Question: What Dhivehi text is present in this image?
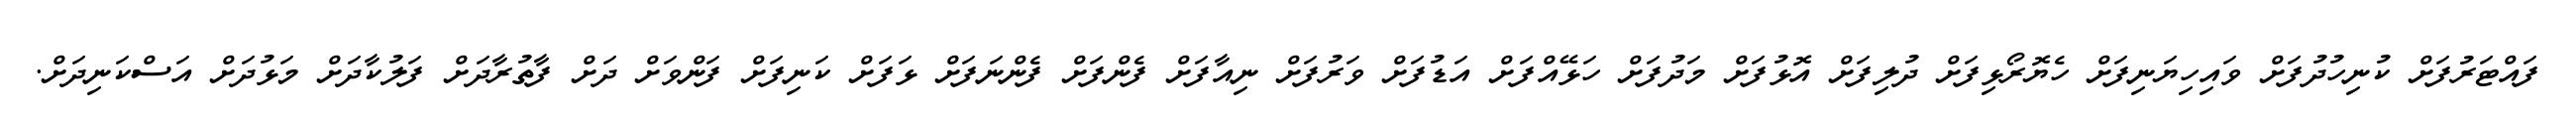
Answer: ފައްޓަރުފަށް ކުނިހުދުފަށް ވައިހިޔަނިފަށް ހެޔޮރޯޅިފަށް ދުލިފަށް އޮޅުފަށް މަދުފަށް ހަޅޭއްފަށް އަޑުފަށް ވަރުފަށް ނިއާފަށް ފެންފަށް ފެންނަފަށް ޅަފަށް ކަނިފަށް ފަންވަށް ދަށް ފާތުރާދަށް ފަލުކާދަށް މަޅުދަށް އަސްކަނިދަށް.